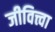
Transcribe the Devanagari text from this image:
जीवित्त्वा